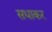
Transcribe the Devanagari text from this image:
सधाकर